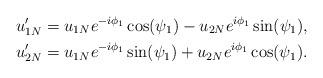
LaTeX: \begin{align*}u_{1N}'&=u_{1N}e^{-i\phi_1}\cos(\psi_1)-u_{2N}e^{i\phi_1}\sin(\psi_1),\\u_{2N}'&=u_{1N}e^{-i\phi_1}\sin(\psi_1)+u_{2N}e^{i\phi_1}\cos(\psi_1).\end{align*}